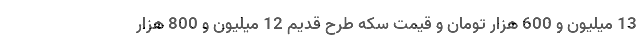
13 میلیون و 600 هزار تومان و قیمت سکه طرح قدیم 12 میلیون و 800 هزار